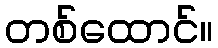
တစ်ထောင်။